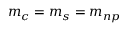
m _ { c } = m _ { s } = m _ { n p }